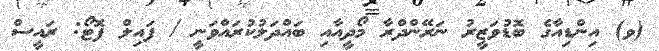
(ވ) އިންޑިއާގެ ބޮޑުވަޒީރު ނަރޭންދްރާ މޯދީއާއި ބައްދަލުކުރައްވަނީ / ފައިލް ފޮޓޯ: ރައީސް